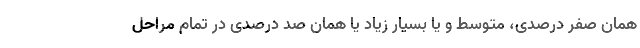
همان صفر درصدی، متوسط و یا بسیار زیاد یا همان صد درصدی در تمام مراحل